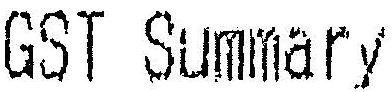
GST SUMMARY